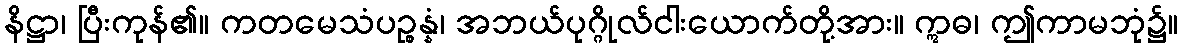
နိဋ္ဌာ၊ ပြီးကုန်၏။ ကတမေသံပဉ္စန္နံ၊ အဘယ်ပုဂ္ဂိုလ်ငါးယောက်တို့အား။ ဣဓ၊ ဤကာမဘုံ၌။